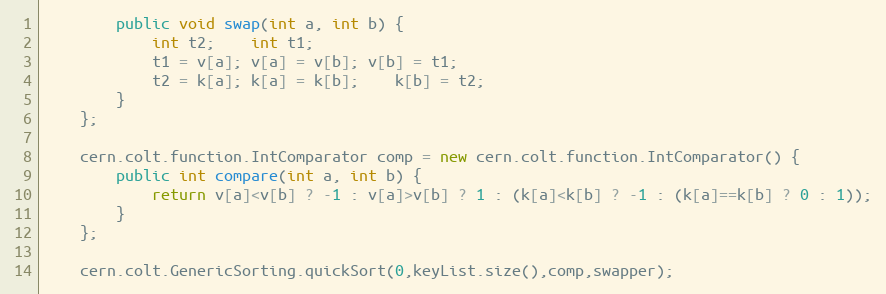
Language: Java
		public void swap(int a, int b) {
			int t2;	int t1;
			t1 = v[a]; v[a] = v[b]; v[b] = t1;
			t2 = k[a]; k[a] = k[b];	k[b] = t2;
		}
	};

	cern.colt.function.IntComparator comp = new cern.colt.function.IntComparator() {
		public int compare(int a, int b) {
			return v[a]<v[b] ? -1 : v[a]>v[b] ? 1 : (k[a]<k[b] ? -1 : (k[a]==k[b] ? 0 : 1));
		}
	};

	cern.colt.GenericSorting.quickSort(0,keyList.size(),comp,swapper);